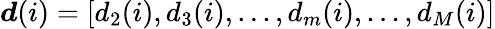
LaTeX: \boldsymbol{d}(i)=[d_{2}(i),d_{3}(i),...,d_{m}(i),...,d_{M}(i)]